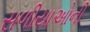
સળીયાઓની